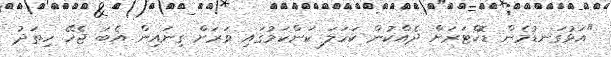
"އަޅުގަނޑުމެން ޑޮކްޓަރަށް ދެއްކުން ކަހަލަ ކަންކަމުގައި ވަރަށް ގިނައިން އެބަ ޖެހޭ ހިތަދު